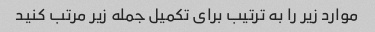
موارد زیر را به ترتیب برای تکمیل جمله زیر مرتب کنید